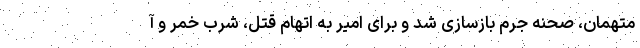
متهمان، صحنه جرم بازسازی شد و برای امیر به اتهام قتل، شرب خمر و آ